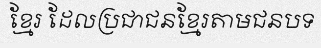
ខ្មែរ ដែលប្រជាជនខ្មែរតាមជនបទ